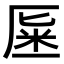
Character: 𠩽